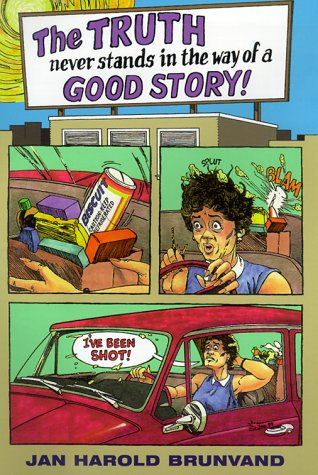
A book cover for The Truth Never Stands in Way of a Good Story; Jan Brunvand; Humor & Entertainment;